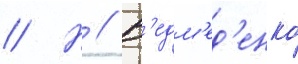
// Н // В'едм'ед'енко